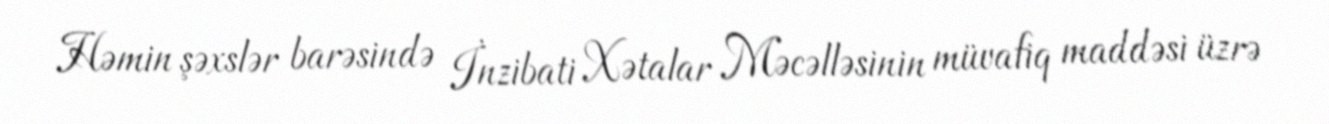
Həmin şəxslər barəsində İnzibati Xətalar Məcəlləsinin müvafiq maddəsi üzrə